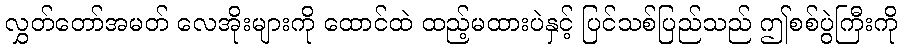
လွှတ်တော်အမတ် လေအိုးများကို ထောင်ထဲ ထည့်မထားပဲနှင့် ပြင်သစ်ပြည်သည် ဤစစ်ပွဲကြီးကို